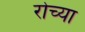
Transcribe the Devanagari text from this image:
रोच्या